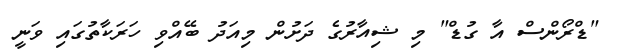
"ޑްރޯންސް އާ ގުޑް" މި ޝިއާރުގެ ދަށުން މިއަދު ބޭއްވި ހަރަކާތުގައި ވަނީ